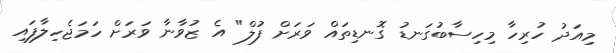
މިއަދު ހުރިހާ މިހިސާބުގަނޑު ގޮނޑިތައް ވަރަށް ފުލް" އެ ޒުވާނާ ވަރަށް ހަމަޖެހިލާފައި